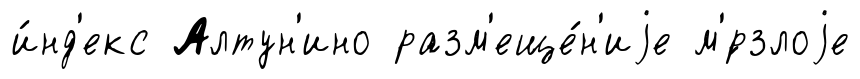
и́нд'екс Алтун'ино разм'еще́н'иjе м'́рзлоjе